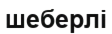
шеберлі